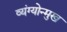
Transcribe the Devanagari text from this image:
व्यंग्योन्मुख